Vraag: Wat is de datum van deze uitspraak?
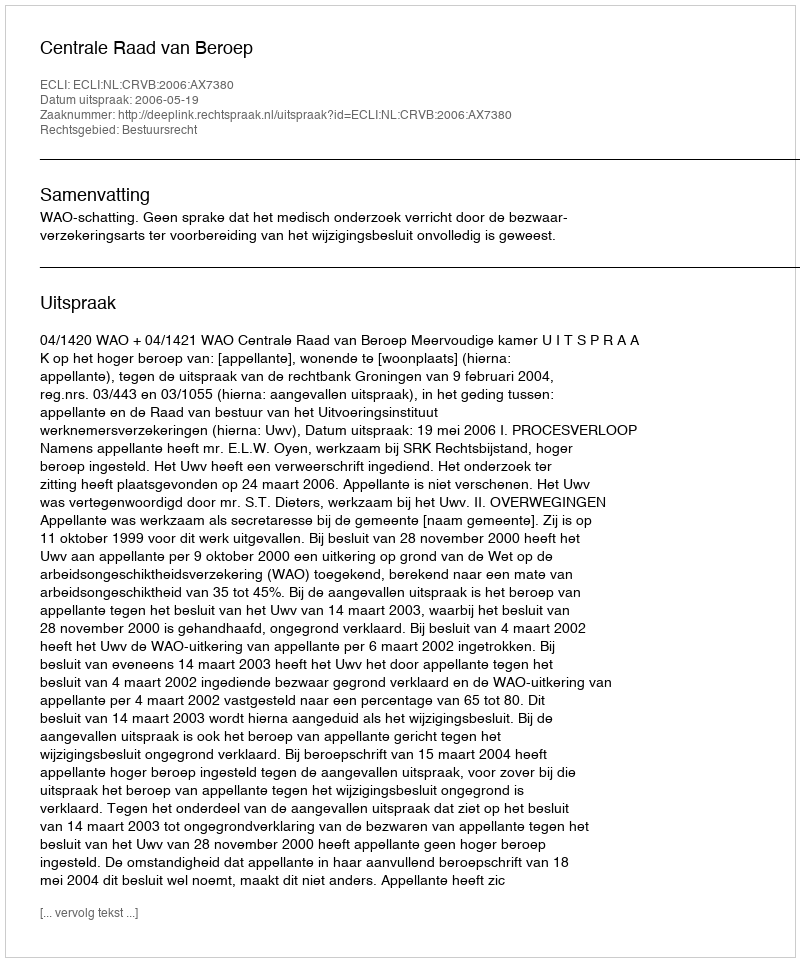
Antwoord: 2006-05-19